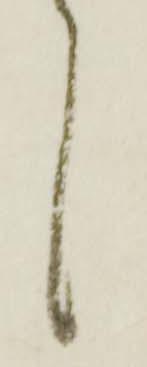
々